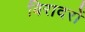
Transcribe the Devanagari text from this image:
बिरादरों